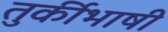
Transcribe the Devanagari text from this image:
तुर्कीभाषी